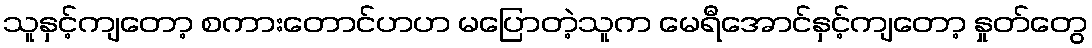
သူနှင့်ကျတော့ စကားတောင်ဟဟ မပြောတဲ့သူက မေရီအောင်နှင့်ကျတော့ နှုတ်တွေ